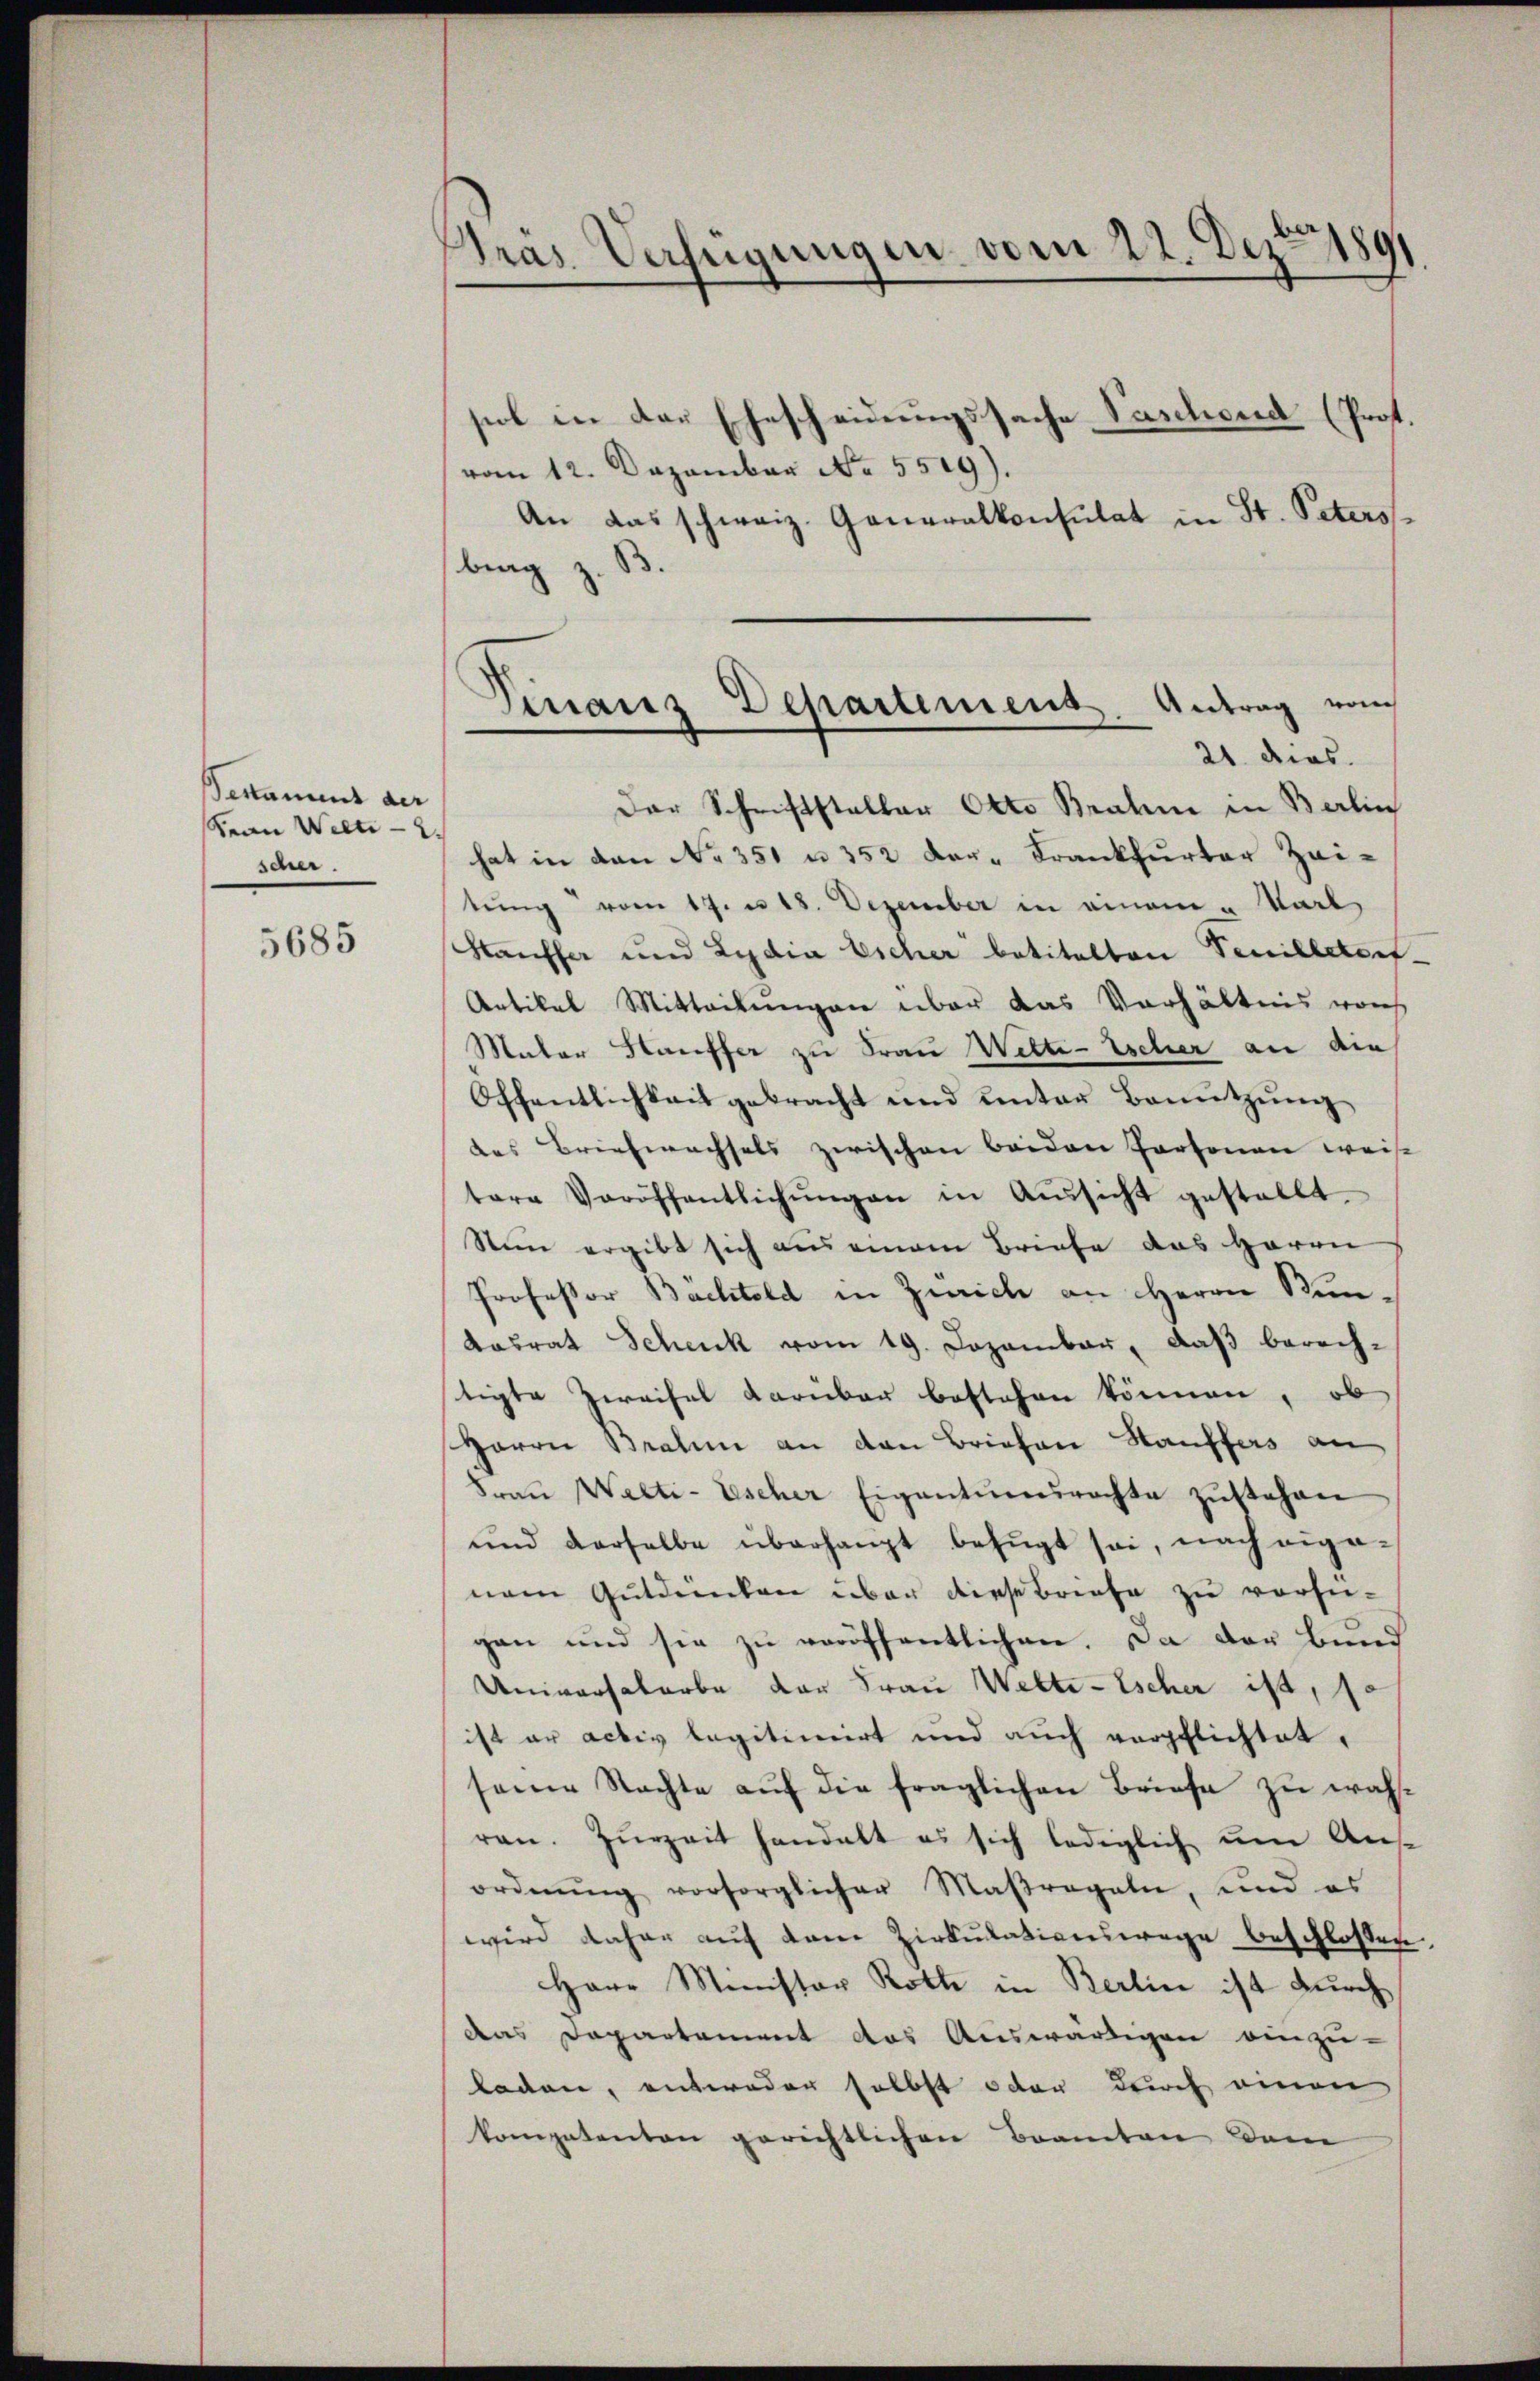
Bestammt der
Sean Welti
scher.

5685

Gras Verfügungen vom 22. Dez. 1891

siol in der Ehescheidungssache Paschend (Prof.
vom 12. Dezember No. 5519).
An das schweiz. Generalkonsulat in St. Peters¬
B.
brag z.
Der Schriftstalter Otto Brahm in Berlin
hat in den No 351 u. 352 Dar-Krankfurter Zeitŭng vom 17. u 18. Dezember in einem u Karl
Kauffer und Lydia Escher betitelten Venilletont-
Artikel Mitteilungen über das Verhältnis woh
Mater Kauffer zu Frau Wette-Escher an die
Öffentlichkeit gebracht und unter Benŭtzŭng
des Briefwechsels zwischen beiden Personen weise
tere Veröffentlichŭngen in Aŭssicht gestellt.
Stein ergibt sich aus einem Briefe das Herrn
Professor Bachtold in Zürich an Herrn Stun-
Kasrat Schenk vom 19. Dezember, daß berech-
tigte Zweifel darüber bestehen können, ob
Herrn Bralen an den Briefen Stauffers an
Frau Walti-Escher Eigentumsrechte zŭstehen
ŭnd derselbe überhaupt befŭgt sei, nach eige-
nem Gutdenken über diese Briefe zu versugan und sie zu veröffentlichen. Da der Bund
Universalerbe der Frau Welte-Escher ist, 1.
ist er activ legitimirt und auch verpflichtet,
seine Nachte aŭf die fraglichen Briefe zu währen. Zŭrzeit handelt es sich lediglich um Aus-
ordnŭng vorsorglicher Maßregeln, und es
wird daher auf dem Zirkulationswege beschlossen
Herr Minister Roth in Berlin ist durch
das Departement das Auswärtigen einzu-
laden, entweder selbst oder durch einen
kompetenten gerichtlichen Beamten dem

Finanz Departement. Antrag vom
21. dies